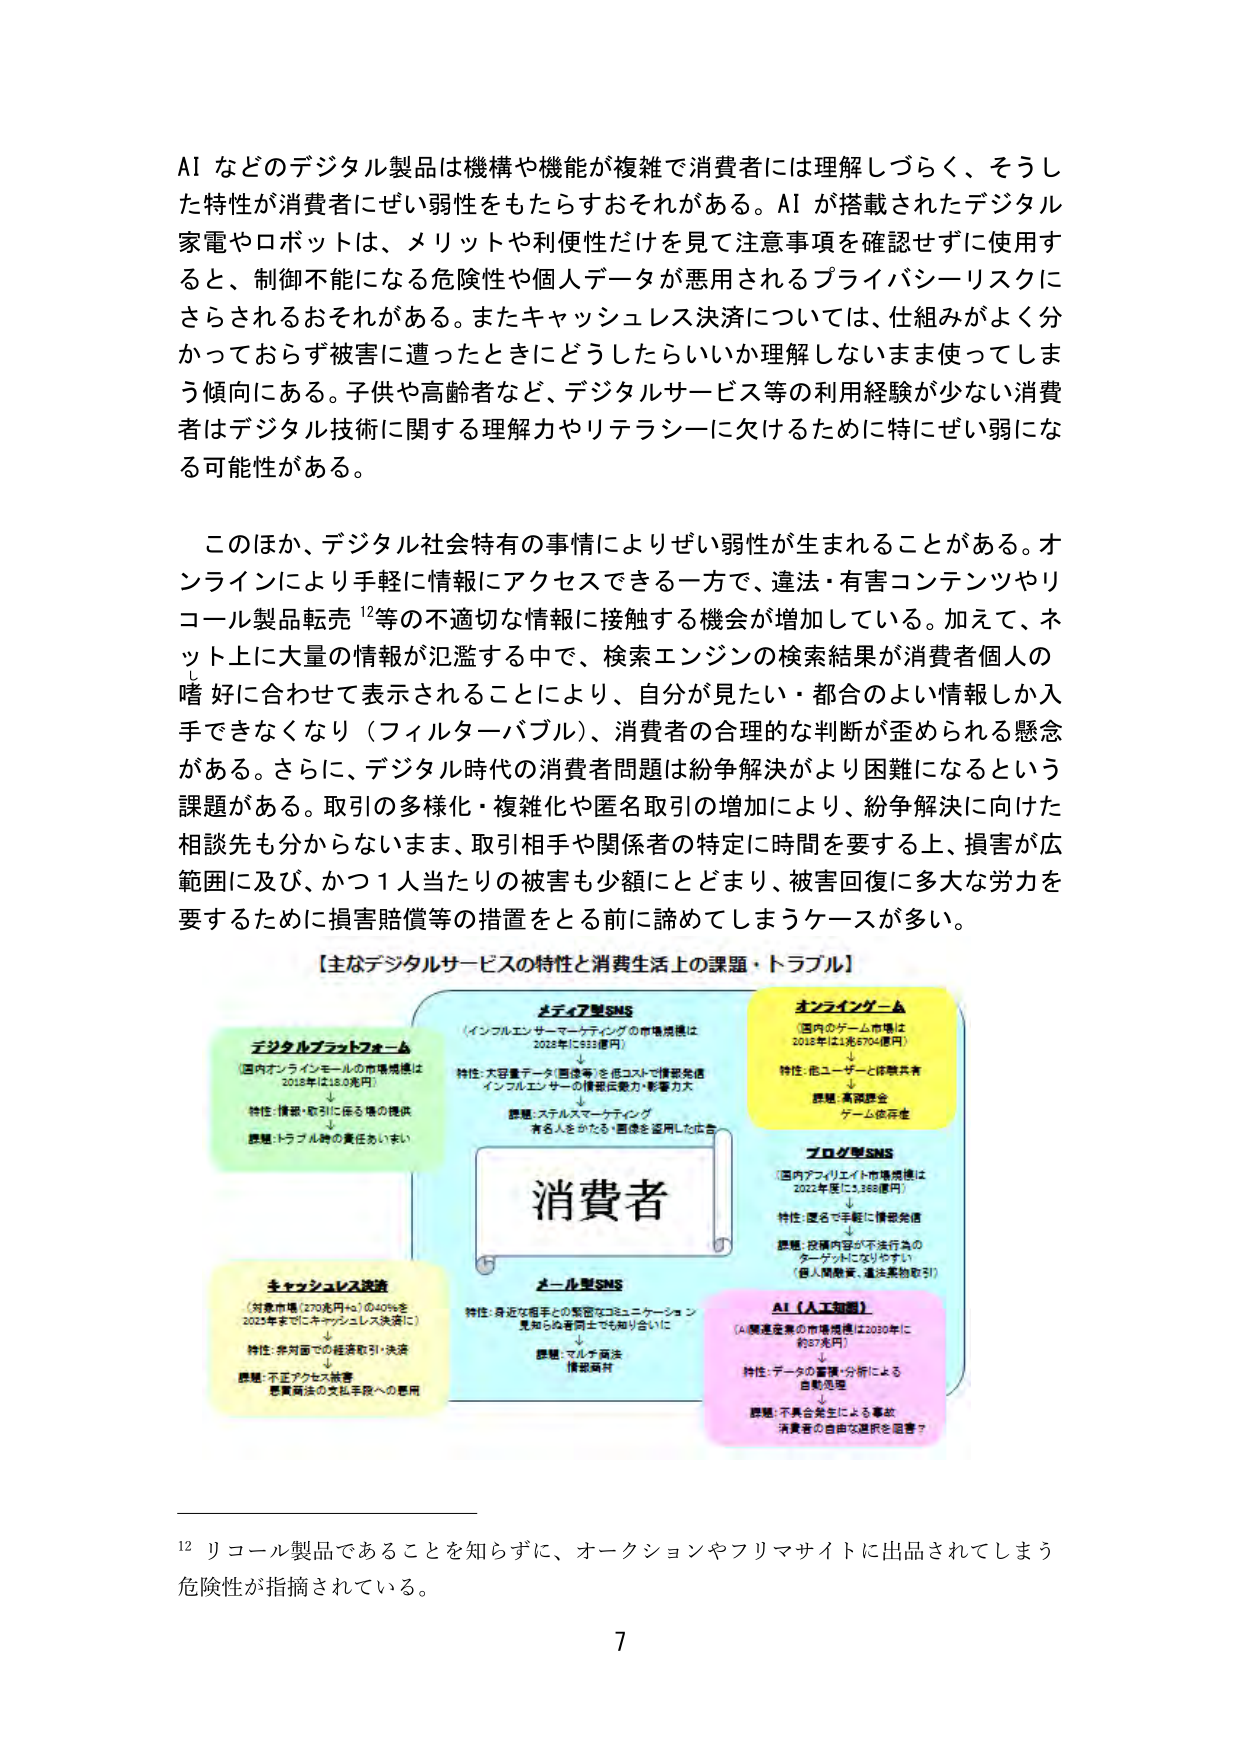
AI などのデジタル製品は機構や機能が複雑で消費者には理解しづらく、そうした特性が消費者にぜい弱性をもたらすおそれがある。AI が搭載されたデジタル家電やロボットは、メリットや利便性だけを見て注意事項を確認せずに使用すると、制御不能になる危険性や個人データが悪用されるプライバシーリスクにさらされるおそれがある。またキャッシュレス決済については、仕組みがよく分かっておらず被害に遭ったときにどうしたらいいか理解しないまま使ってしまう傾向にある。子供や高齢者など、デジタルサービス等の利用経験が少ない消費者はデジタル技術に関する理解力やリテラシーに欠けるために特にぜい弱になる可能性がある。

このほか、デジタル社会特有の事情によりぜい弱性が生まれることがある。オンラインにより手軽に情報にアクセスできる一方で、違法・有害コンテンツやリコール製品転売 12等の不適切な情報に接触する機会が増加している。加えて、ネット上に大量の情報が氾濫する中で、検索エンジンの検索結果が消費者個人の嗜好に合わせて表示されることにより、自分が見たい・都合のよい情報しか入手できなくなり（フィルターバブル）、消費者の合理的な判断が歪められる懸念がある。さらに、デジタル時代の消費者問題は紛争解決がより困難になるという課題がある。取引の多様化・複雑化や匿名取引の増加により、紛争解決に向けた相談先も分からないまま、取引相手や関係者の特定に時間を要する上、損害が広範囲に及び、かつ1人当たりの被害も少額にとどまり、被害回復に多大な労力を要するために損害賠償等の措置をとる前に諦めてしまうケースが多い。

【主なデジタルサービスの特性と消費生活上の課題・トラブル】

デジタルプラットフォーム
（国内オンラインモールの市場規模は
2018年は18.0兆円）
↓
特性：情報・取引に係る場の提供
↓
課題：トラブル時の責任あいまい

キャッシュレス決済
（対象市場（270兆円）の40％を
2025年までにキャッシュレス決済に）
↓
特性：非対面での経済取引・決済
↓
課題：不正アクセス被害
悪質商法の支払手段への悪用

ポータル型SNS
（インフルエンサーマーケティングの市場規模は
2028年に533億円）
↓
特性：大容量データ（画像等）を低コストで情報発信
インフルエンサーの情報伝搬力・影響力大
↓
課題：ステルスマーケティング
有名人をかたる・画像を盗用した広告

ポール型SNS
特性：身近な相手との緊密なコミュニケーション
見知らぬ者同士でも知り合いに
↓
課題：マルチ商法
情報商材

オンラインゲーム
（国内のゲーム市場は
2018年は1兆6704億円）
↓
特性：他ユーザーと体験共有
↓
課題：高額課金
ゲーム依存症

ブログ型SNS
（国内アフィリエイト市場規模は
2022年度に3,368億円）
↓
特性：匿名で手軽に情報発信
↓
課題：投稿内容が不法行為の
ターゲットになりやすい
（個人情報漏洩、違法薬物取引）

AI（人工知能）
（AI関連産業の市場規模は2030年に
約57兆円）
↓
特性：データの蓄積・分析による
自動処理
↓
課題：不具合発生による事故
消費者の自由な選択を阻害？

消費

12 リコール製品であることを知らずに、オークションやフリマサイトに出品されてしまう危険性が指摘されている。

7